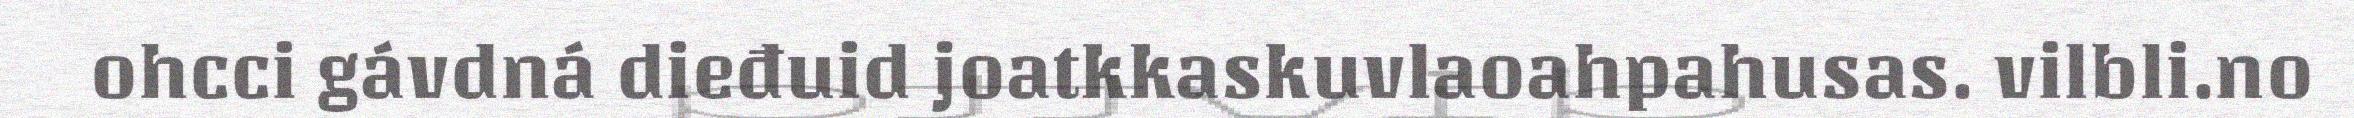
ohcci gávdná dieđuid joatkkaskuvlaoahpahusas. vilbli.no